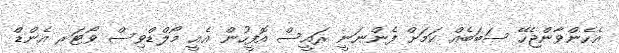
އެހެންވާންޖެހޭ ސަބަބެއް ކަމަށް ފެންނަނީ ރައީސް އޮފީހުން އެއީ މޯލްޑްވިސް ވޯޓަރ އެންޑް